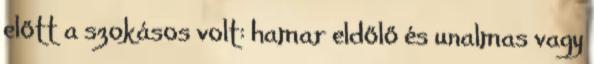
előtt a szokásos volt: hamar eldőlő és unalmas vagy